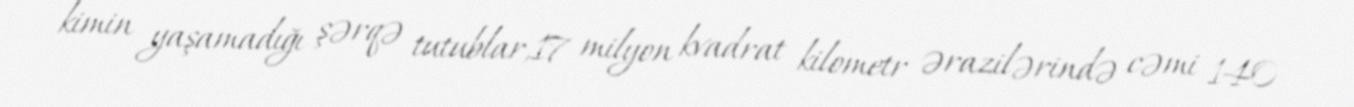
kimin yaşamadığı şərqə tutublar,17 milyon kvadrat kilometr ərazilərində cəmi 140